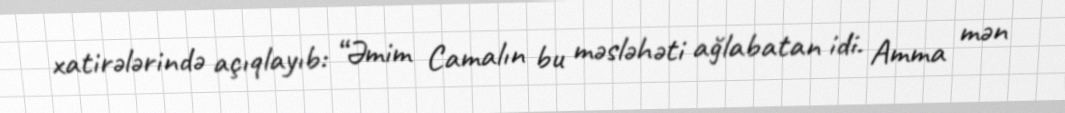
xatirələrində açıqlayıb: “Əmim Camalın bu məsləhəti ağlabatan idi. Amma mən